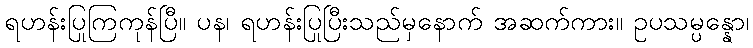
ရဟန်းပြုကြကုန်ပြီ။ ပန၊ ရဟန်းပြုပြီးသည်မှနောက် အဆက်ကား။ ဥပသမ္ပန္နော၊